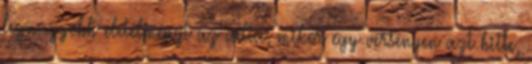
legnagyobb életélményt az adta, mikor egy versenyen azt hitte,